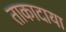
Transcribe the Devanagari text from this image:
ताकादाया